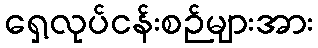
ရှေ့လုပ်ငန်းစဉ်များအား